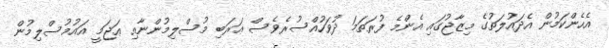
އެހެންކަމުން އެދައުލަތުގެ މިޒާޖުގައި އެންމެ ފުރަތަމަ ދުވަހުއްސުރެވެސް ޢަރަބި މުސްލިމުންނާއި ޢަޖަމީ އައުމުސްލިމުން